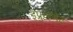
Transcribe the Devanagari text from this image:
इंप्रुव्हमेंट